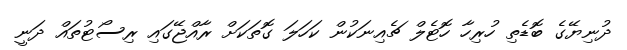
ދުނިޔޭގެ ބޮޑެތި ހުރިހާ ހޮޓެލް ޗެއިނަކުން ކަހަލަ ގޮތަކަށް ރާއްޖޭގައި ރިސޯޓުތައް ދަނީ